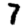
Digit: 7